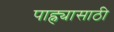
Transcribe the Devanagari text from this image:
पाह्न्यासाठी